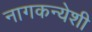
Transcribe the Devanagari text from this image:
नागकन्येशी